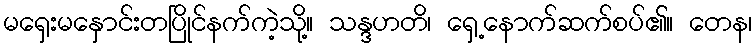
မရှေးမနှောင်းတပြိုင်နက်ကဲ့သို့။ သန္ဒဟတိ၊ ရှေ့နောက်ဆက်စပ်၏။ တေန၊